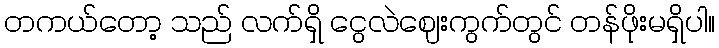
တကယ်တော့ သည် လက်ရှိ ငွေလဲဈေးကွက်တွင် တန်ဖိုးမရှိပါ။